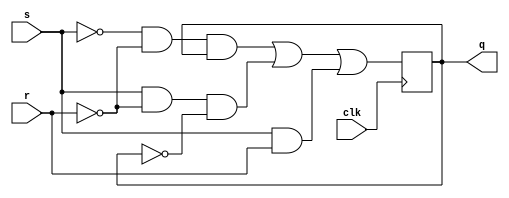
module SR_FF (
    input s,r,clk, output reg q
);
    initial begin
        q=0;
    end
    always @(posedge clk) begin
        q=(~s&~r&q)|(s&~r&~q)|(s&r);
    end
endmodule


module tb;
    reg s,r,clk;
    wire q;

    SR_FF solve(s,r,clk,q);

    initial begin
        clk=0;
        s=0;
        r=0;
        #20;
        $display("s=%b r=%b q=%b",s,r,q);
        #20;
        clk=1;
        s=0;
        r=0;
        #20;
        $display("s=%b r=%b q=%b",s,r,q);
        #20;
        clk=0;
        s=0;
        r=1;
        #20;
        $display("s=%b r=%b q=%b",s,r,q);
        #20
        clk=1;
        s=0;
        r=1;
        #20;
        $display("s=%b r=%b q=%b",s,r,q);
        #20;
        clk=0;
        s=1;
        r=0;
        #20;
        $display("s=%b r=%b q=%b",s,r,q);
        clk=1;
        s=1;
        r=0;
        #20;
        $display("s=%b r=%b q=%b",s,r,q);
        #20
        clk=0;
        s=1;
        r=1;
        #20;
        $display("s=%b r=%b q=%b",s,r,q);
        clk=1;
        s=1;
        r=1;
        #20;
        $display("s=%b r=%b q=%b",s,r,q);
        #20;
        $finish;
    end
endmodule